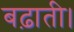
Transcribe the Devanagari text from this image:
बढ़ाती।